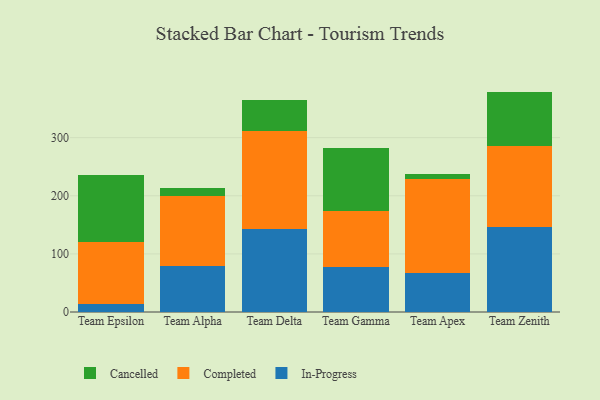
{"axis": {"x": "Team", "y": "Demand Index"}, "legend": ["Cancelled", "Completed", "In-Progress"], "data": [{"x": "Team Epsilon", "y": 13.1, "type": "In-Progress"}, {"x": "Team Epsilon", "y": 106.5, "type": "Completed"}, {"x": "Team Epsilon", "y": 116.5, "type": "Cancelled"}, {"x": "Team Alpha", "y": 79.2, "type": "In-Progress"}, {"x": "Team Alpha", "y": 120.1, "type": "Completed"}, {"x": "Team Alpha", "y": 13.9, "type": "Cancelled"}, {"x": "Team Delta", "y": 142.7, "type": "In-Progress"}, {"x": "Team Delta", "y": 168.9, "type": "Completed"}, {"x": "Team Delta", "y": 52.7, "type": "Cancelled"}, {"x": "Team Gamma", "y": 77.4, "type": "In-Progress"}, {"x": "Team Gamma", "y": 96.8, "type": "Completed"}, {"x": "Team Gamma", "y": 108.8, "type": "Cancelled"}, {"x": "Team Apex", "y": 67.0, "type": "In-Progress"}, {"x": "Team Apex", "y": 162.1, "type": "Completed"}, {"x": "Team Apex", "y": 8.2, "type": "Cancelled"}, {"x": "Team Zenith", "y": 146.0, "type": "In-Progress"}, {"x": "Team Zenith", "y": 138.9, "type": "Completed"}, {"x": "Team Zenith", "y": 94.3, "type": "Cancelled"}]}